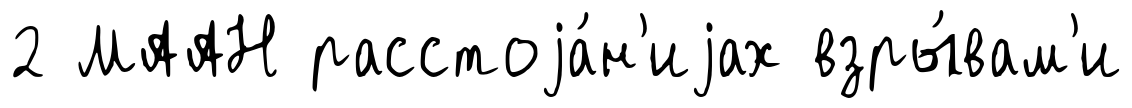
2 МААН расстоjа́н'иjах взры́вам'и